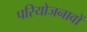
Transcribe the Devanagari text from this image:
परियोजनावों